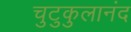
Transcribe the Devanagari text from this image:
चुटुकुलानंद